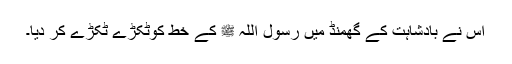
اس نے بادشاہت کے گھمنڈ میں رسول اللہ ﷺ کے خط کوٹکڑے ٹکڑے کر دیا۔